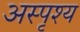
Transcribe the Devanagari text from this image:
अस्पृश्‍य